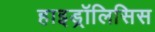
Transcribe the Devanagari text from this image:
हाइड्रॉलिसिस